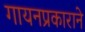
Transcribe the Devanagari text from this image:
गायनप्रकाराने